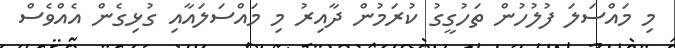
މި މައްސަލަ ފުލުހުން ތަހުގީގު ކުރަމުން ދާއިރު މި މައްސަލައާއި ގުޅިގެން އެއްވެސް